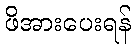
ဖိအားပေးရန်